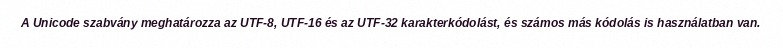
A Unicode szabvány meghatározza az UTF-8, UTF-16 és az UTF-32 karakterkódolást, és számos más kódolás is használatban van.